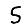
Digit: 5